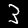
Digit: 3